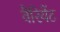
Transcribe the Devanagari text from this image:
वैरियेंट